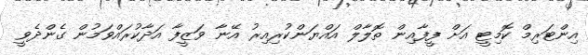
އިންޓަރިމް ކޮމިޓީ އަށް ފީފާއިން ތޮލާލް އައްޔަންކުރިއިރު އޭނާ ވަޒީފާ އަދާކުރައްވަމުން ގެންދެވީ